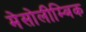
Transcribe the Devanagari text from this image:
मेसोलीम्बिक